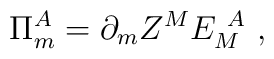
\Pi^A_m =\partial_m Z^M E_M^{~A}~,